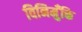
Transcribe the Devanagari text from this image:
विनिमुँक्ति